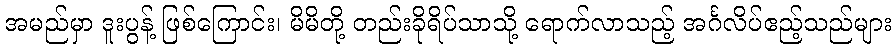
အမည်မှာ ဒူးပွန့် ဖြစ်ကြောင်း၊ မိမိတို့ တည်းခိုရိပ်သာသို့ ရောက်လာသည့် အင်္ဂလိပ်ဧည့်သည်များ